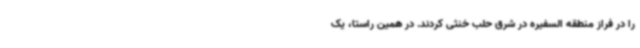
را در فراز منطقه السفیره در شرق حلب خنثی کردند. در همین راستا، یک